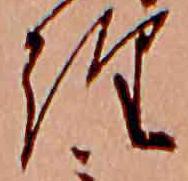
経